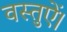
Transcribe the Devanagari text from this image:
वस्तुऐं।